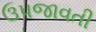
ઉપજાવતી